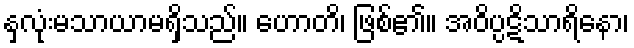
နှလုံးမသာယာမရှိသည်။ ဟောတိ၊ ဖြစ်၏။ အဝိပ္ပဋိသာရိနော၊